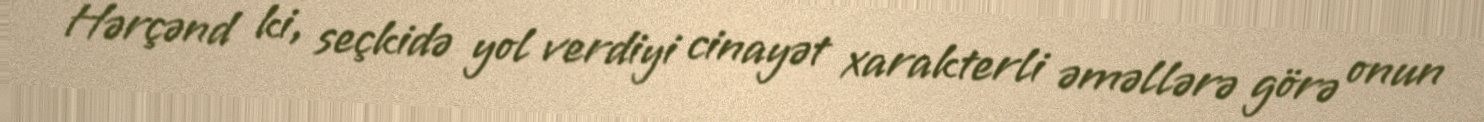
Hərçənd ki, seçkidə yol verdiyi cinayət xarakterli əməllərə görə onun